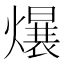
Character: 𪹷